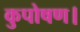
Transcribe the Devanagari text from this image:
कुपोषण।